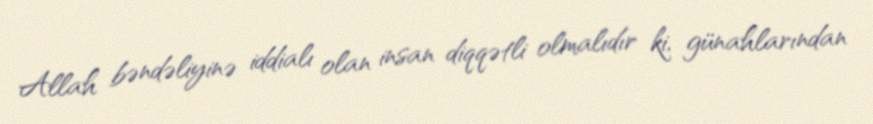
Allah bəndəliyinə iddialı olan insan diqqətli olmalıdır ki, günahlarından